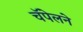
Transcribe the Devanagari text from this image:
चॅपेलने